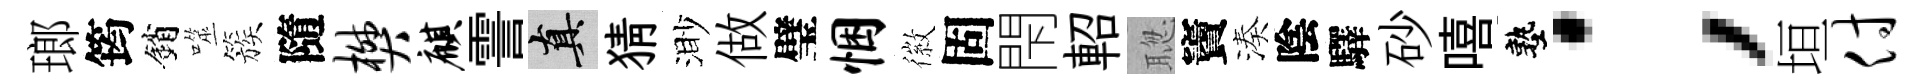
瑯筠銷噬簇隨樊麒霅真猜渺做璧悃徽固閇軺聦竇湊陰驛砂嘻塾；垣付